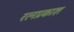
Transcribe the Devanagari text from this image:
रत्नप्रकाश